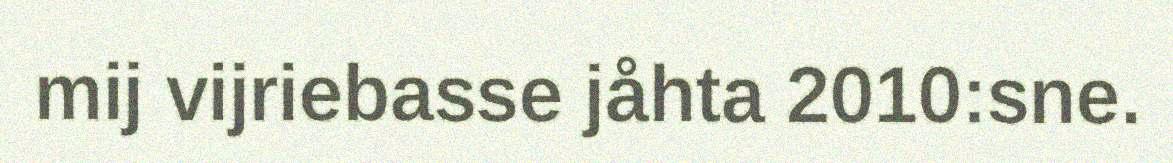
mij vijriebasse jåhta 2010:sne.